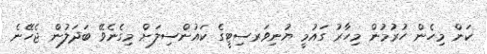
ކަން މިހެން ހުރުމުން މިހާރު ގައުމީ ޔުނިވަރސިޓީގެ ކައުންސިލަށް މިގެނެވޭ ބަދަލުން ޖެހޭނެ